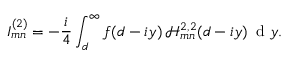
I _ { m n } ^ { ( 2 ) } = - \frac { i } { 4 } \int _ { d } ^ { \infty } f ( d - i y ) \, \mathcal { H } _ { m n } ^ { 2 , 2 } ( d - i y ) \, \textrm { d } y .